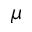
\mu